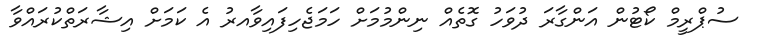
ސުޕްރީމް ކޯޓުން އަންގާރަ ދުވަހު ގޮތެއް ނިންމުމަށް ހަމަޖެހިފައިވާއރު އެ ކަމަށް އިޝާރަތްކުރައްވާ